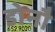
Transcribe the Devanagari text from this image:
डोनौ